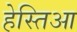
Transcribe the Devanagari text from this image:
हेस्तिआ